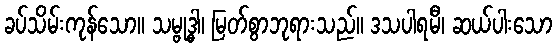
ခပ်သိမ်းကုန်သော။ သမ္ဗုဒ္ဓါ၊ မြတ်စွာဘုရားသည်။ ဒသပါရမီ၊ ဆယ်ပါးသော